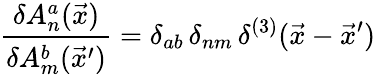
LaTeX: {\frac{\delta A_{n}^{a}(\vec{x})}{\delta A_{m}^{b}(\vec{x}^{\prime})}}=\delta_{ab}\, \delta_{nm}\, \delta^{(3)}(\vec{x}-\vec{x}^{\prime})